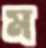
ম